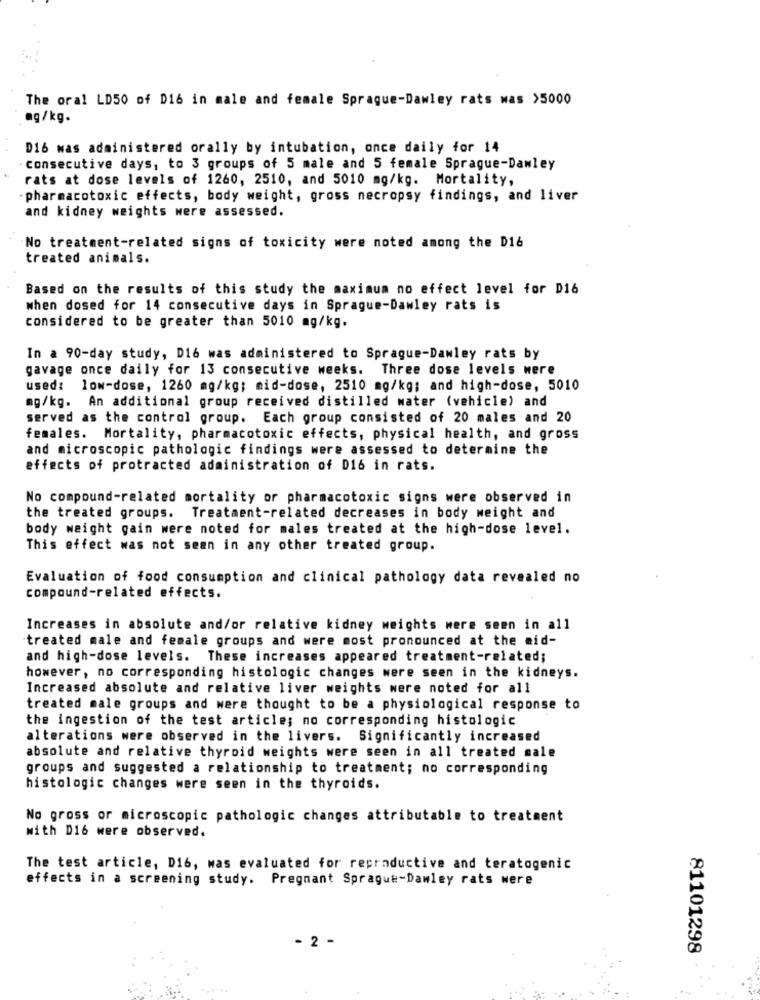
The oral LD50 of D16 in male and female Sprague-Dawley rats was >5000
ag/kg.
D16 was administered orally by intubation, once daily for 14
consecutive days, to 3 groups of 5 male and 5 female Sprague-Dawley
rats at dose levels of 1260, 2510, and 5010 mg/kg. Mortality,
-pharmacotoxic effects, body weight, gross necropsy findings, and liver
and kidney weights were assessed.
No treatment-related signs of toxicity were noted among the D16
treated animals.
Based on the results of this study the maximum no effect level for D16
when dosed for 14 consecutive days in Sprague-Dawley rats is
considered to be greater than 5010 mg/kg.
In a 90-day study, D16 was administered to Sprague-Dawley rats by
gavage once daily for 13 consecutive weeks. Three dose levels were
used:
low-dose, 1260 mg/kg; mid-dose, 2510 mg/kg; and high-dose, 5010
mg/kg. An additional group received distilled water (vehicle) and
served as the control group. Each group consisted of 20 males and 20
females. Mortality, pharmacotoxic effects, physical health, and gross
and microscopic pathologic findings were assessed to determine the
effects of protracted administration of D16 in rats.
No compound-related mortality or pharmacotoxic signs were observed in
the treated groups. Treatment-related decreases in body weight and
body weight gain were noted for males treated at the high-dose level.
This effect was not seen in any other treated group.
Evaluation of food consumption and clinical pathology data revealed no
compound-related effects.
Increases in absolute and/or relative kidney weights were seen in all
treated male and female groups and were most pronounced at the mid-
and high-dose levels. These increases appeared treatment-related;
however, no corresponding histologic changes were seen in the kidneys.
Increased absolute and relative liver weights were noted for all
treated male groups and were thought to be a physiological response to
the ingestion of the test article; no corresponding histologic
alterations were observed in the livers. Significantly increased
absolute and relative thyroid weights were seen in all treated male
groups and suggested a relationship to treatment; no corresponding
histologic changes were seen in the thyroids.
No gross or microscopic pathologic changes attributable to treatment
with D16 were observed.
The test article, D16, mas evaluated for reproductive and teratogenic
effects in a screening study. Pregnant Sprague-Danley rats were
- 2 -
81101298